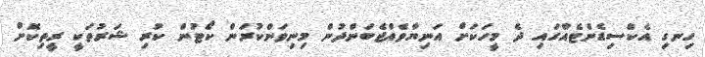
ހިނގި އެކްސިޑެންޓެއްގައި ދެ މީހަކަށް އަނިޔާވެއްޖެބަންދުން މިނިވަންކުރަން ކޯޓުން ކުރި ޝަރުތަކީ ރީތިކޮށް